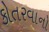
કોતરવાનો